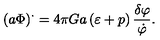
\left( a \Phi \right) ^ { . } = 4 \pi G a \left( \varepsilon + p \right) \frac { \delta \varphi } { \dot { \varphi } } .